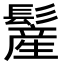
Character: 𩮲